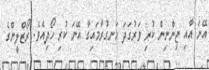
އޭނަ އާއި ޖިންނިން ކުރި ވަރުގަދަ ހަނގުރާމައިގާ އޭނަ ކުރި ހޯދިއެވެ. ރޯޒްލީންގެ